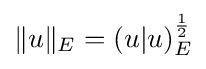
\|u\|_{E}=(u|u)_{E}^{\frac {1}{2}}